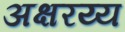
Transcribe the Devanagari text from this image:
अक्षरय्य